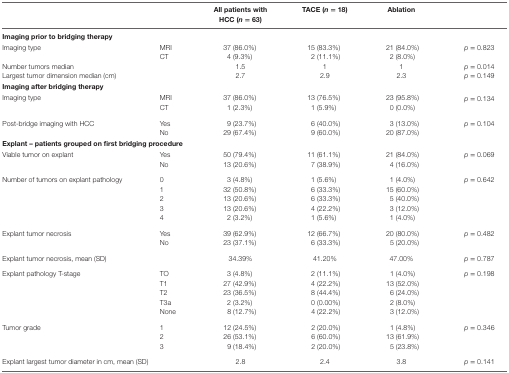
<table><thead><tr><td></td><td></td><td><b>All patients with HCC (<i>n</i> = 63)</b></td><td><b>TACE (<i>n</i> = 18)</b></td><td><b>Ablation</b></td><td></td></tr></thead><tbody><tr><td colspan="6"><b>Imaging prior to bridging therapy</b></td></tr><tr><td rowspan="2">Imaging type</td><td>MRI</td><td>37 (86.0%)</td><td>15 (83.3%)</td><td>21 (84.0%)</td><td><i>p</i> = 0.823</td></tr><tr><td>CT</td><td>4 (9.3%)</td><td>2 (11.1%)</td><td>2 (8.0%)</td><td></td></tr><tr><td colspan="2">Number tumors median</td><td>1.5</td><td>1</td><td>1</td><td><i>p</i> = 0.014</td></tr><tr><td colspan="2">Largest tumor dimension median (cm)</td><td>2.7</td><td>2.9</td><td>2.3</td><td><i>p</i> = 0.149</td></tr><tr><td colspan="6"><b>Imaging after bridging therapy</b></td></tr><tr><td rowspan="2">Imaging type</td><td>MRI</td><td>37 (86.0%)</td><td>13 (76.5%)</td><td>23 (95.8%)</td><td><i>p</i> = 0.134</td></tr><tr><td>CT</td><td>1 (2.3%)</td><td>1 (5.9%)</td><td>0 (0.0%)</td><td></td></tr><tr><td rowspan="2">Post-bridge imaging with HCC</td><td>Yes</td><td>9 (23.7%)</td><td>6 (40.0%)</td><td>3 (13.0%)</td><td><i>p</i> = 0.104</td></tr><tr><td>No</td><td>29 (67.4%)</td><td>9 (60.0%)</td><td>20 (87.0%)</td><td></td></tr><tr><td colspan="6"><b>Explant – patients grouped on first bridging procedure</b></td></tr><tr><td rowspan="2">Viable tumor on explant</td><td>Yes</td><td>50 (79.4%)</td><td>11 (61.1%)</td><td>21 (84.0%)</td><td><i>p</i> = 0.069</td></tr><tr><td>No</td><td>13 (20.6%)</td><td>7 (38.9%)</td><td>4 (16.0%)</td><td></td></tr><tr><td rowspan="5">Number of tumors on explant pathology</td><td>0</td><td>3 (4.8%)</td><td>1 (5.6%)</td><td>1 (4.0%)</td><td><i>p</i> = 0.642</td></tr><tr><td>1</td><td>32 (50.8%)</td><td>6 (33.3%)</td><td>15 (60.0%)</td><td></td></tr><tr><td>2</td><td>13 (20.6%)</td><td>6 (33.3%)</td><td>5 (40.0%)</td><td></td></tr><tr><td>3</td><td>13 (20.6%)</td><td>4 (22.2%)</td><td>3 (12.0%)</td><td></td></tr><tr><td>4</td><td>2 (3.2%)</td><td>1 (5.6%)</td><td>1 (4.0%)</td><td></td></tr><tr><td rowspan="2">Explant tumor necrosis</td><td>Yes</td><td>39 (62.9%)</td><td>12 (66.7%)</td><td>20 (80.0%)</td><td><i>p</i> = 0.482</td></tr><tr><td>No</td><td>23 (37.1%)</td><td>6 (33.3%)</td><td>5 (20.0%)</td><td></td></tr><tr><td colspan="2">Explant tumor necrosis, mean (SD)</td><td>34.39%</td><td>41.20%</td><td>47.00%</td><td><i>p</i> = 0.787</td></tr><tr><td rowspan="5">Explant pathology T-stage</td><td>TO</td><td>3 (4.8%)</td><td>2 (11.1%)</td><td>1 (4.0%)</td><td><i>p</i> = 0.198</td></tr><tr><td>T1</td><td>27 (42.9%)</td><td>4 (22.2%)</td><td>13 (52.0%)</td><td></td></tr><tr><td>T2</td><td>23 (36.5%)</td><td>8 (44.4%)</td><td>6 (24.0%)</td><td></td></tr><tr><td>T3a</td><td>2 (3.2%)</td><td>0 (0.00%)</td><td>2 (8.0%)</td><td></td></tr><tr><td>None</td><td>8 (12.7%)</td><td>4 (22.2%)</td><td>3 (12.0%)</td><td></td></tr><tr><td rowspan="2">Tumor grade</td><td>1</td><td>12 (24.5%)</td><td>2 (20.0%)</td><td>1 (4.8%)</td><td><i>p</i> = 0.346</td></tr><tr><td>2</td><td>26 (53.1%)</td><td>6 (60.0%)</td><td>13 (61.9%)</td><td></td></tr><tr><td></td><td>3</td><td>9 (18.4%)</td><td>2 (20.0%)</td><td>5 (23.8%)</td><td></td></tr><tr><td colspan="2">Explant largest tumor diameter in cm, mean (SD)</td><td>2.8</td><td>2.4</td><td>3.8</td><td><i>p</i> = 0.141</td></tr></tbody></table>